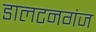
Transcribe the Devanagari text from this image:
डालटनगंज